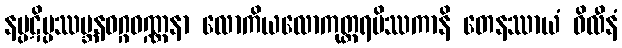
နပ္ပဋိပ္ပဿမ္ဘနဝဂ္ဂဝဏ္ဏနာ လောကိယလောကုတ္တရမိဿကာနိ တေနဿာယံ ဝိလီနံ